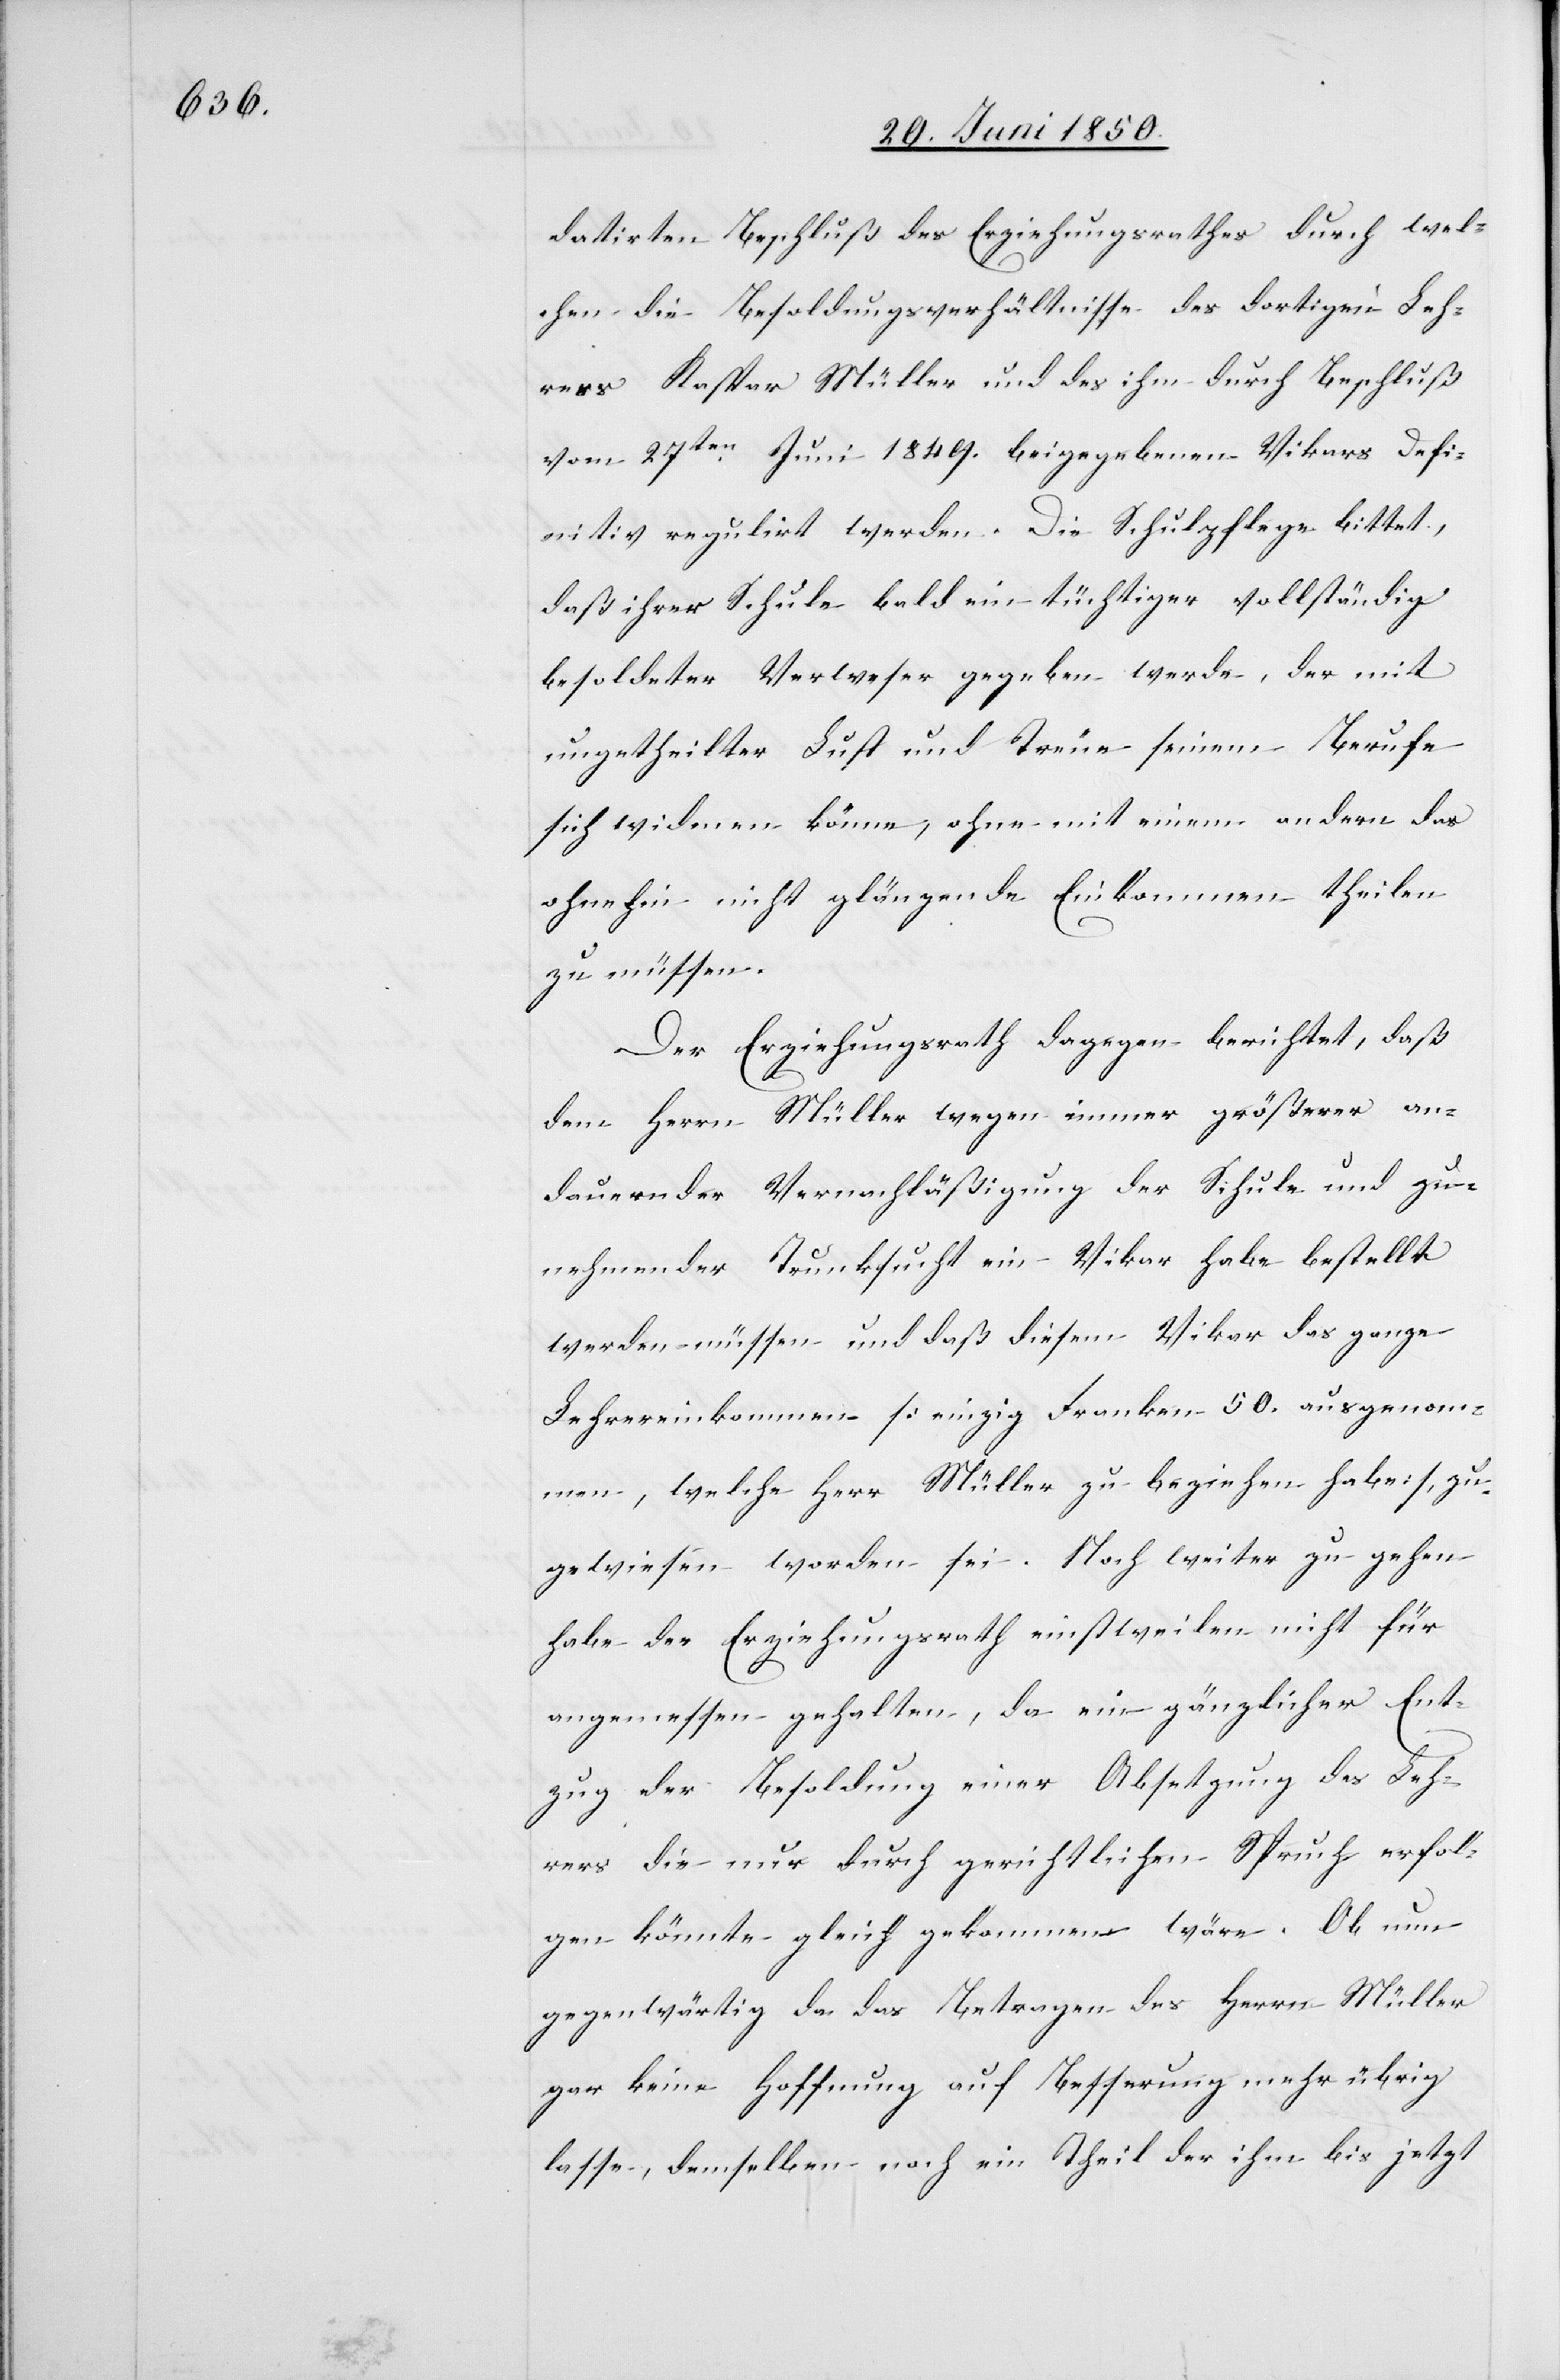
datirten Beschluß des Erziehungsrathes durch wel¬
chen die Besoldungsverhältnisse des dortigen Leh¬
rers Kaspar Müller und des ihm durch Beschluß
vom 27ten Juli 1849. beigegebenen Vikars defi¬
nitiv regulirt werden. Die Schulpflege bittet,
daß ihrer Schule bald ein tüchtiger vollständig
besoldeter Verweser gegeben werde, der mit
ungetheilter Lust und Treue seinem Berufe
sich widmen könne, ohne mit einem andern das
ohnehin nicht glänzende Einkommen theilen
zu müssen.
Der Erziehungsrath dagegen berichtet, daß
dem Herrn Müller wegen immer größerer an¬
dauernder Vernachläßigung der Schule und zu¬
nehmender Trunksucht ein Vikar habe bestellt
werden müssen und daß diesem Vikar das ganze
Lehrereinkommen [einzig Franken 50. ausgenom¬
men, welche Herr Müller zu beziehen habe], zu¬
gewiesen worden sei. Noch weiter zu gehen
habe der Erziehungsrath einstweilen nicht für
angemessen gehalten, da ein gänzlicher Ent¬
zug der Besoldung einer Absetzung des Leh¬
rers die nur durch gerichtlichen Spruch erfol¬
gen könnte gleich gekommen wäre. Ob nun
gegenwärtig da das Betragen des Herrn Müller
gar keine Hoffnung auf Besserung mehr übrig
lasse, demselben noch ein Theil der ihm bis jetzt